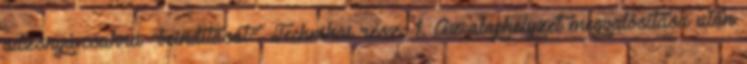
adzsnyá-csakra "beindítását". Technikai rész: 1. Az alaphelyzet megvalósítása után